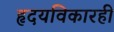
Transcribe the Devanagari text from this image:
हृदयविकारही